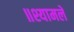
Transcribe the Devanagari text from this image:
॥श्यामले